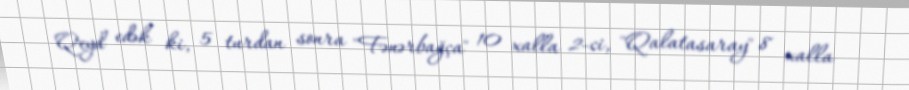
Qeyd edək ki, 5 turdan sonra "Fənərbağça" 10 xalla 2-ci, "Qalatasaray" 8 xalla